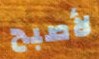
لأصبح